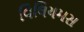
વિલિયમસ